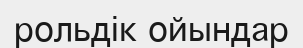
рольдік ойындар